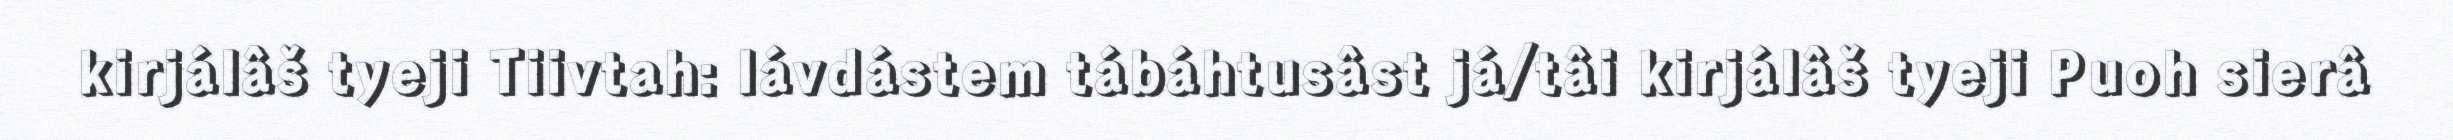
kirjálâš tyeji Tiivtah: lávdástem tábáhtusâst já/tâi kirjálâš tyeji Puoh sierâ